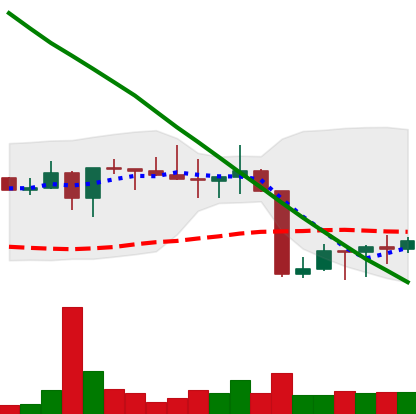
Ticker: XRP-USD
Chart end date: 2022-08-25
Forward return: -6.474%
Label: down_5_7